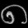
Digit: ၈